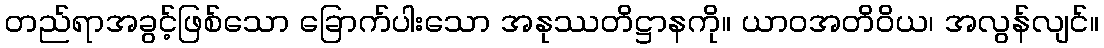
တည်ရာအခွင့်ဖြစ်သော ခြောက်ပါးသော အနုဿတိဋ္ဌာနကို။ ယာဝအတိဝိယ၊ အလွန်လျင်။